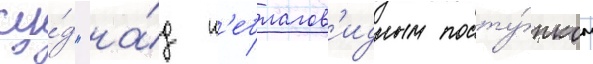
су́д "на́д н'еблагов'идным посту́пком